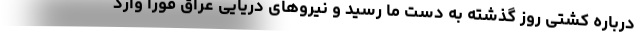
درباره کشتی روز گذشته به دست ما رسید و نیروهای دریایی عراق فورا وارد